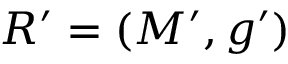
R ^ { \prime } = ( M ^ { \prime } , g ^ { \prime } )